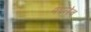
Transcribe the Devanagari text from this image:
पडलेच